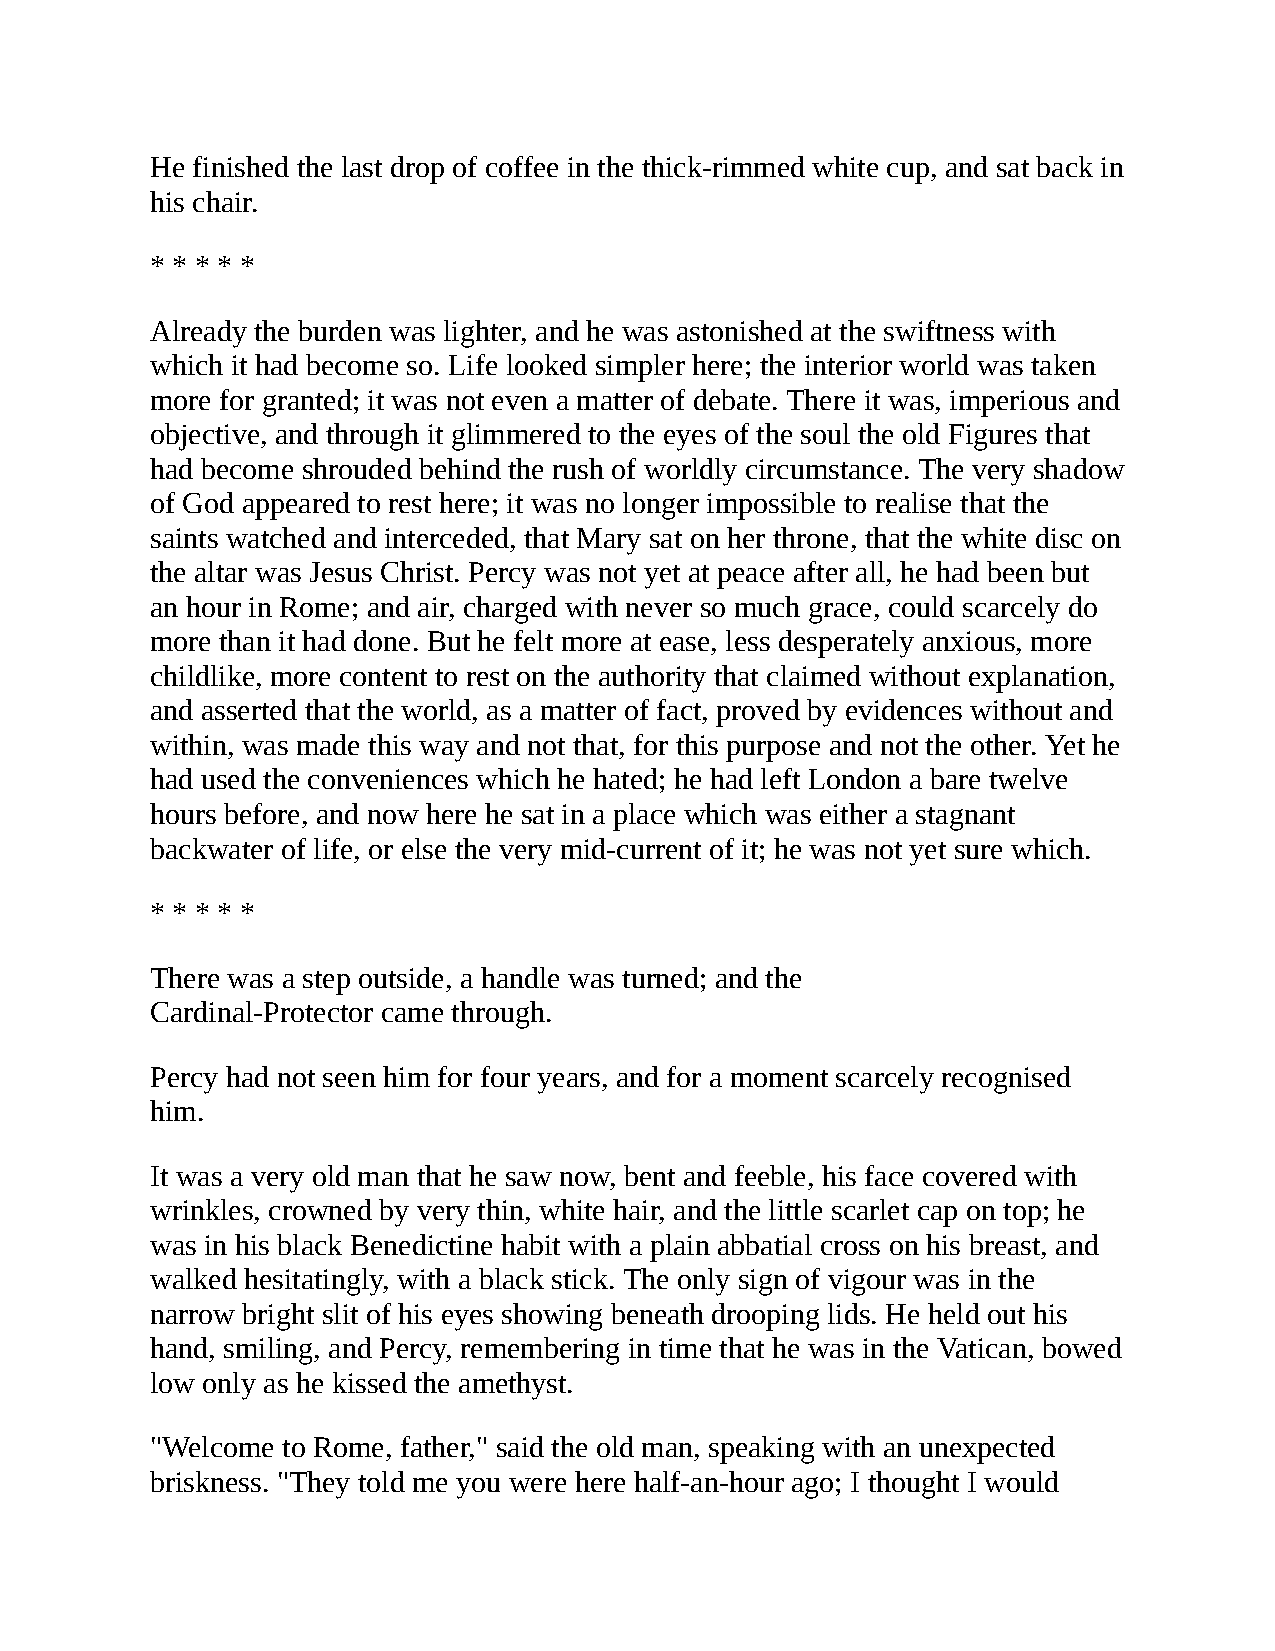
He finished the last drop of coffee in the thick-rimmed white cup, and sat back in
 his chair.
 * * * * *
 Already the burden was lighter, and he was astonished at the swiftness with
 which it had become so. Life looked simpler here; the interior world was taken
 more for granted; it was not even a matter of debate. There it was, imperious and
 objective, and through it glimmered to the eyes of the soul the old Figures that
 had become shrouded behind the rush of worldly circumstance. The very shadow
 of God appeared to rest here; it was no longer impossible to realise that the
 saints watched and interceded, that Mary sat on her throne, that the white disc on
 the altar was Jesus Christ. Percy was not yet at peace after all, he had been but
 an hour in Rome; and air, charged with never so much grace, could scarcely do
 more than it had done. But he felt more at ease, less desperately anxious, more
 childlike, more content to rest on the authority that claimed without explanation,
 and asserted that the world, as a matter of fact, proved by evidences without and
 within, was made this way and not that, for this purpose and not the other. Yet he
 had used the conveniences which he hated; he had left London a bare twelve
 hours before, and now here he sat in a place which was either a stagnant
 backwater of life, or else the very mid-current of it; he was not yet sure which.
 * * * * *
 There was a step outside, a handle was turned; and the
 Cardinal-Protector came through.
 Percy had not seen him for four years, and for a moment scarcely recognised
 him.
 It was a very old man that he saw now, bent and feeble, his face covered with
 wrinkles, crowned by very thin, white hair, and the little scarlet cap on top; he
 was in his black Benedictine habit with a plain abbatial cross on his breast, and
 walked hesitatingly, with a black stick. The only sign of vigour was in the
 narrow bright slit of his eyes showing beneath drooping lids. He held out his
 hand, smiling, and Percy, remembering in time that he was in the Vatican, bowed
 low only as he kissed the amethyst.
 "Welcome to Rome, father," said the old man, speaking with an unexpected
 briskness. "They told me you were here half-an-hour ago; I thought I would